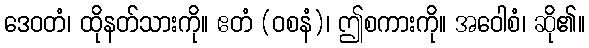
ဒေဝတံ၊ ထိုနတ်သားကို။ ဧတံ (ဝစနံ)၊ ဤစကားကို။ အဝေါစံ၊ ဆို၏။